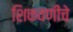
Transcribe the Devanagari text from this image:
शिकवणींचे